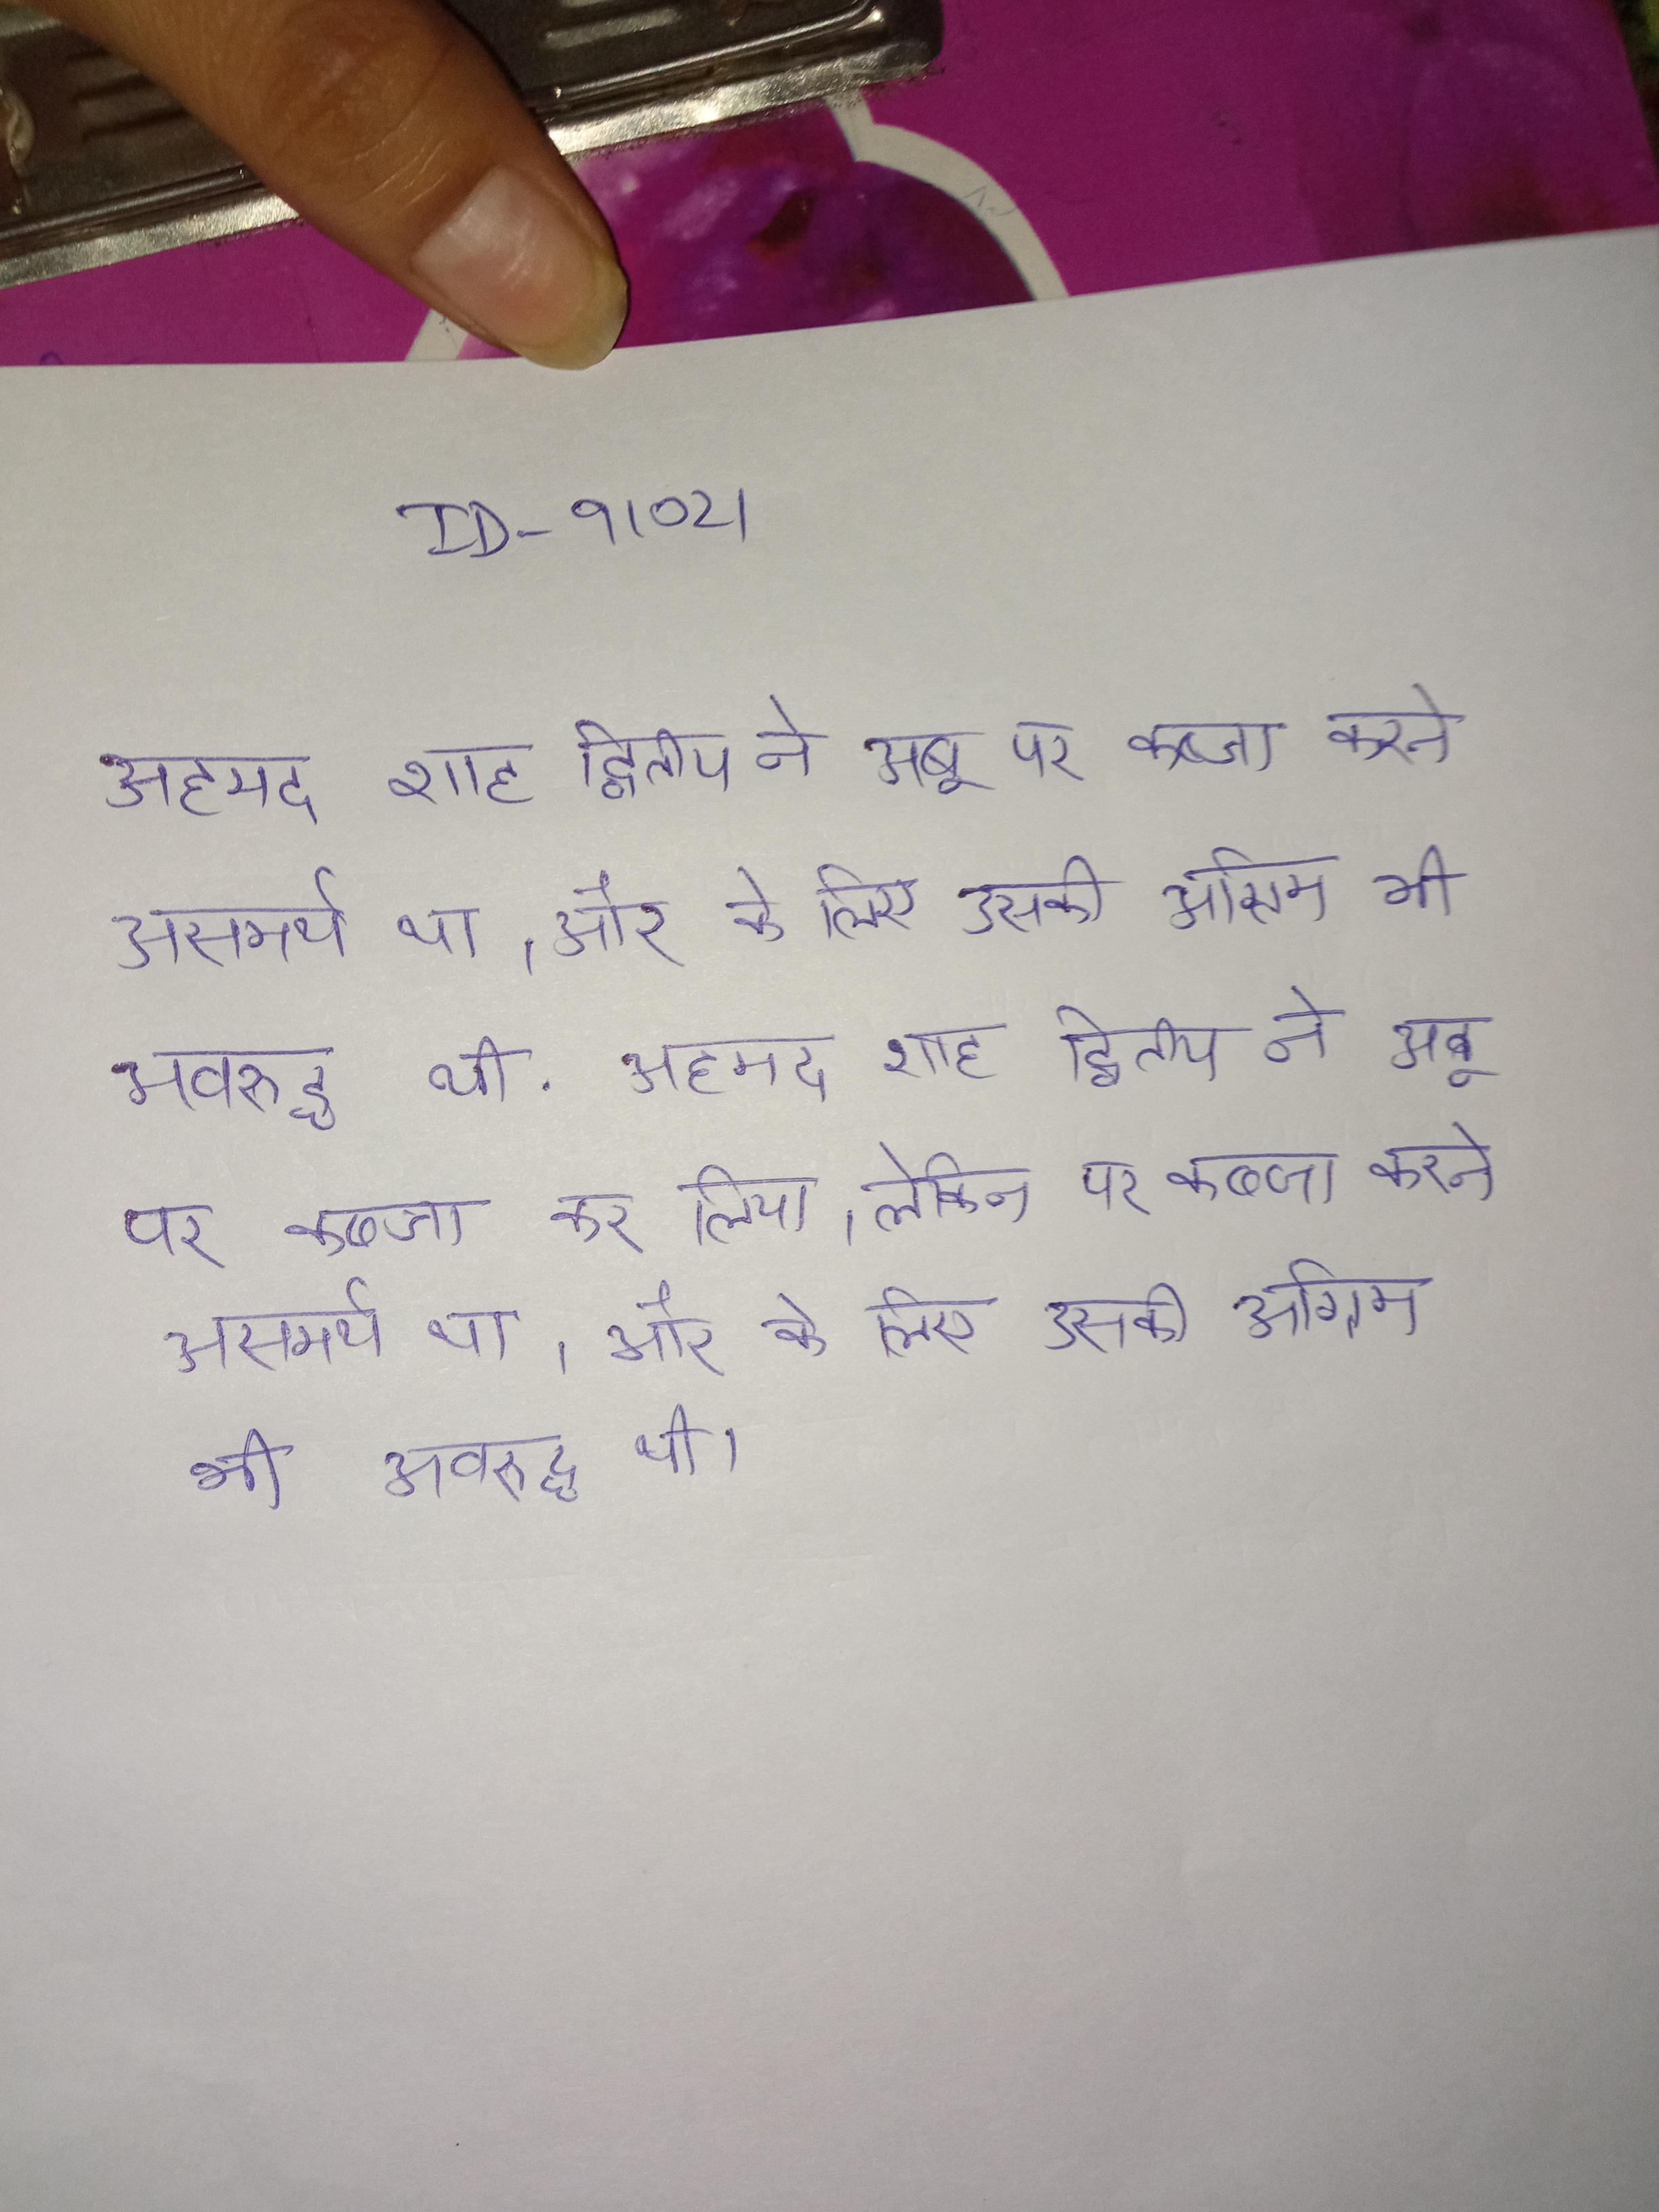
अहमद शाह द्वितीय ने अबू पर कब्जा कर लिया, लेकिन पर कब्जा करने असमर्थ था, और के लिए उसकी अग्रिम भी अवरुद्ध थी . अहमद शाह द्वितीय ने अबू पर कब्जा कर लिया, लेकिन पर कब्जा करने असमर्थ था, और के लिए उसकी अग्रिम भी अवरुद्ध थी ।